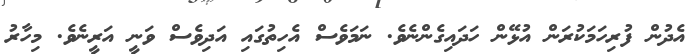
އެދުން ފުރިހަމަކުރަން އުޅޭން ހަދައިގެންނެވެ. ނަމަވެސް އެހިތުގައި އަދިވެސް ވަނީ އަރީނެވެ. މިހާރު